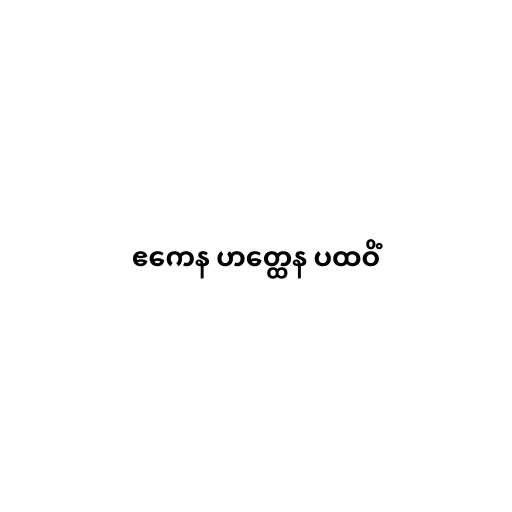
ဧကေန ဟတ္ထေန ပထဝိံ